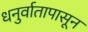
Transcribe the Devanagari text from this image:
धनुर्वातापासून